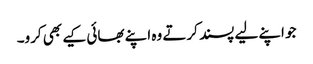
جو اپنے لیے پسند کرتے وہ اپنے بھائی کیے بھی کرو۔